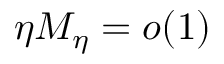
\eta M _ { \eta } = o ( 1 )